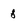
Character: 8